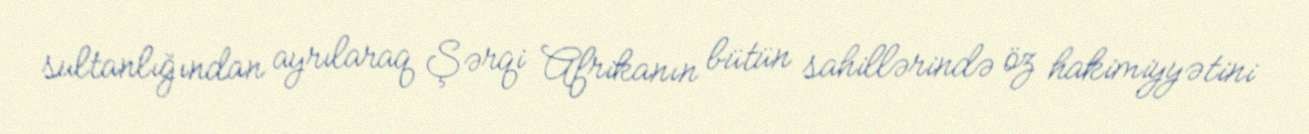
sultanlığından ayrılaraq Şərqi Afrikanın bütün sahillərində öz hakimiyyətini